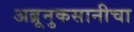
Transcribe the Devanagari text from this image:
अब्रूनुकसानीचा